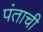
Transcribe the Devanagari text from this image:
पंताची